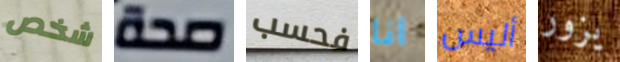
شخص صحة فحسب انا أليس يزور